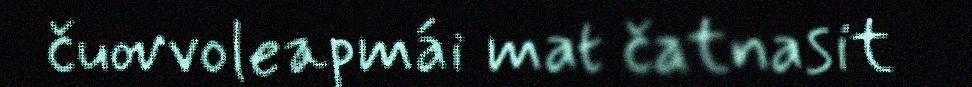
čuovvoleapmái mat čatnasit